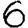
Digit: 6